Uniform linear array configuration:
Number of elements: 32
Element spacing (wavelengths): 0.5
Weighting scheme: hamming
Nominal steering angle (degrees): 60
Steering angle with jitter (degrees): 59.814
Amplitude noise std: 0.05
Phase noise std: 0.05

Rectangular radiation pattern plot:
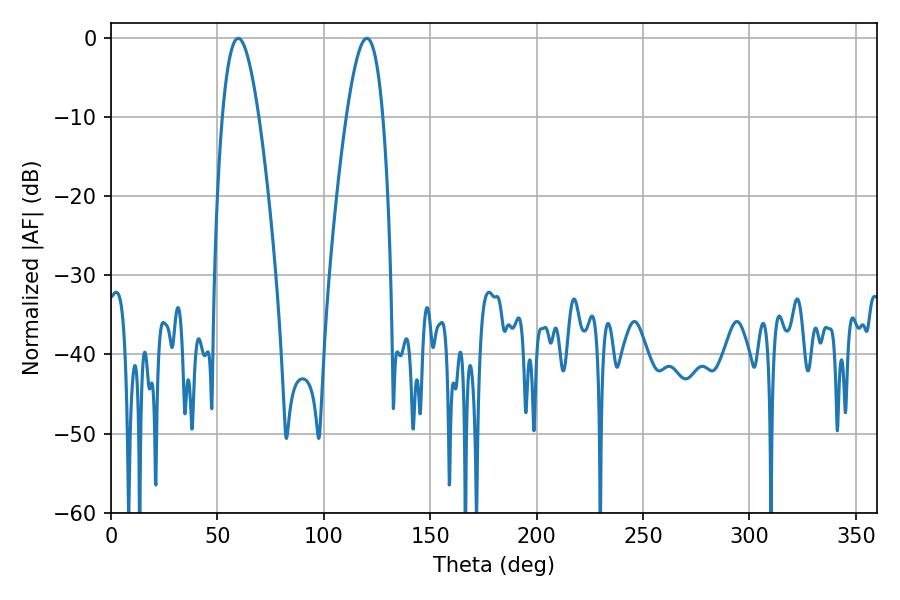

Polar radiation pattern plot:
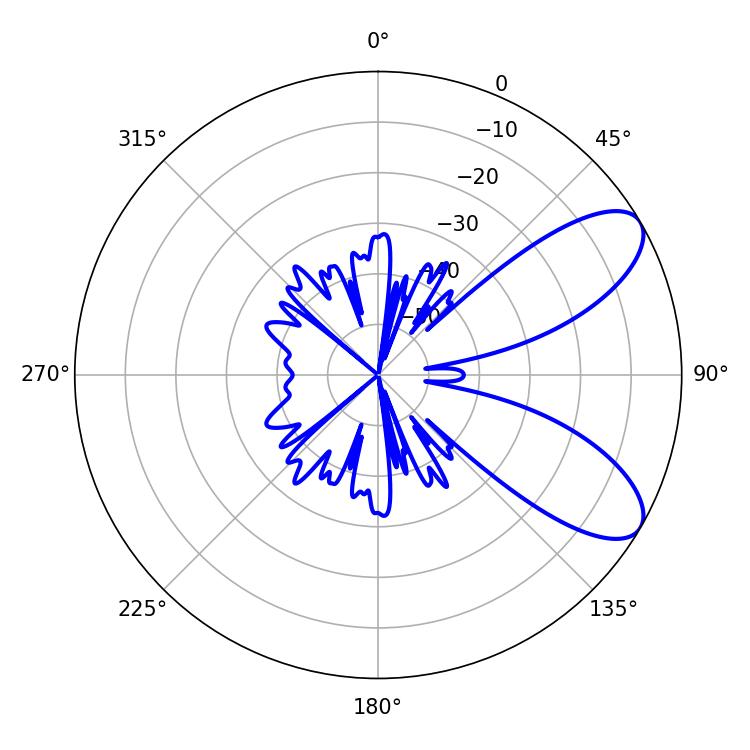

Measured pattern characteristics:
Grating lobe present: FALSE
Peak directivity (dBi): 8.158
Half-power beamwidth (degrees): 9.36
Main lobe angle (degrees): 59.76